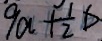
9 a + \frac { 1 } { 2 } b